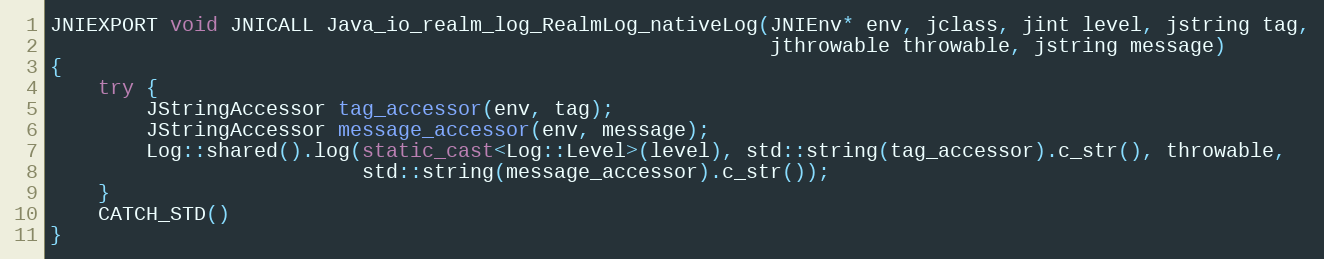
Language: C++
JNIEXPORT void JNICALL Java_io_realm_log_RealmLog_nativeLog(JNIEnv* env, jclass, jint level, jstring tag,
                                                            jthrowable throwable, jstring message)
{
    try {
        JStringAccessor tag_accessor(env, tag);
        JStringAccessor message_accessor(env, message);
        Log::shared().log(static_cast<Log::Level>(level), std::string(tag_accessor).c_str(), throwable,
                          std::string(message_accessor).c_str());
    }
    CATCH_STD()
}